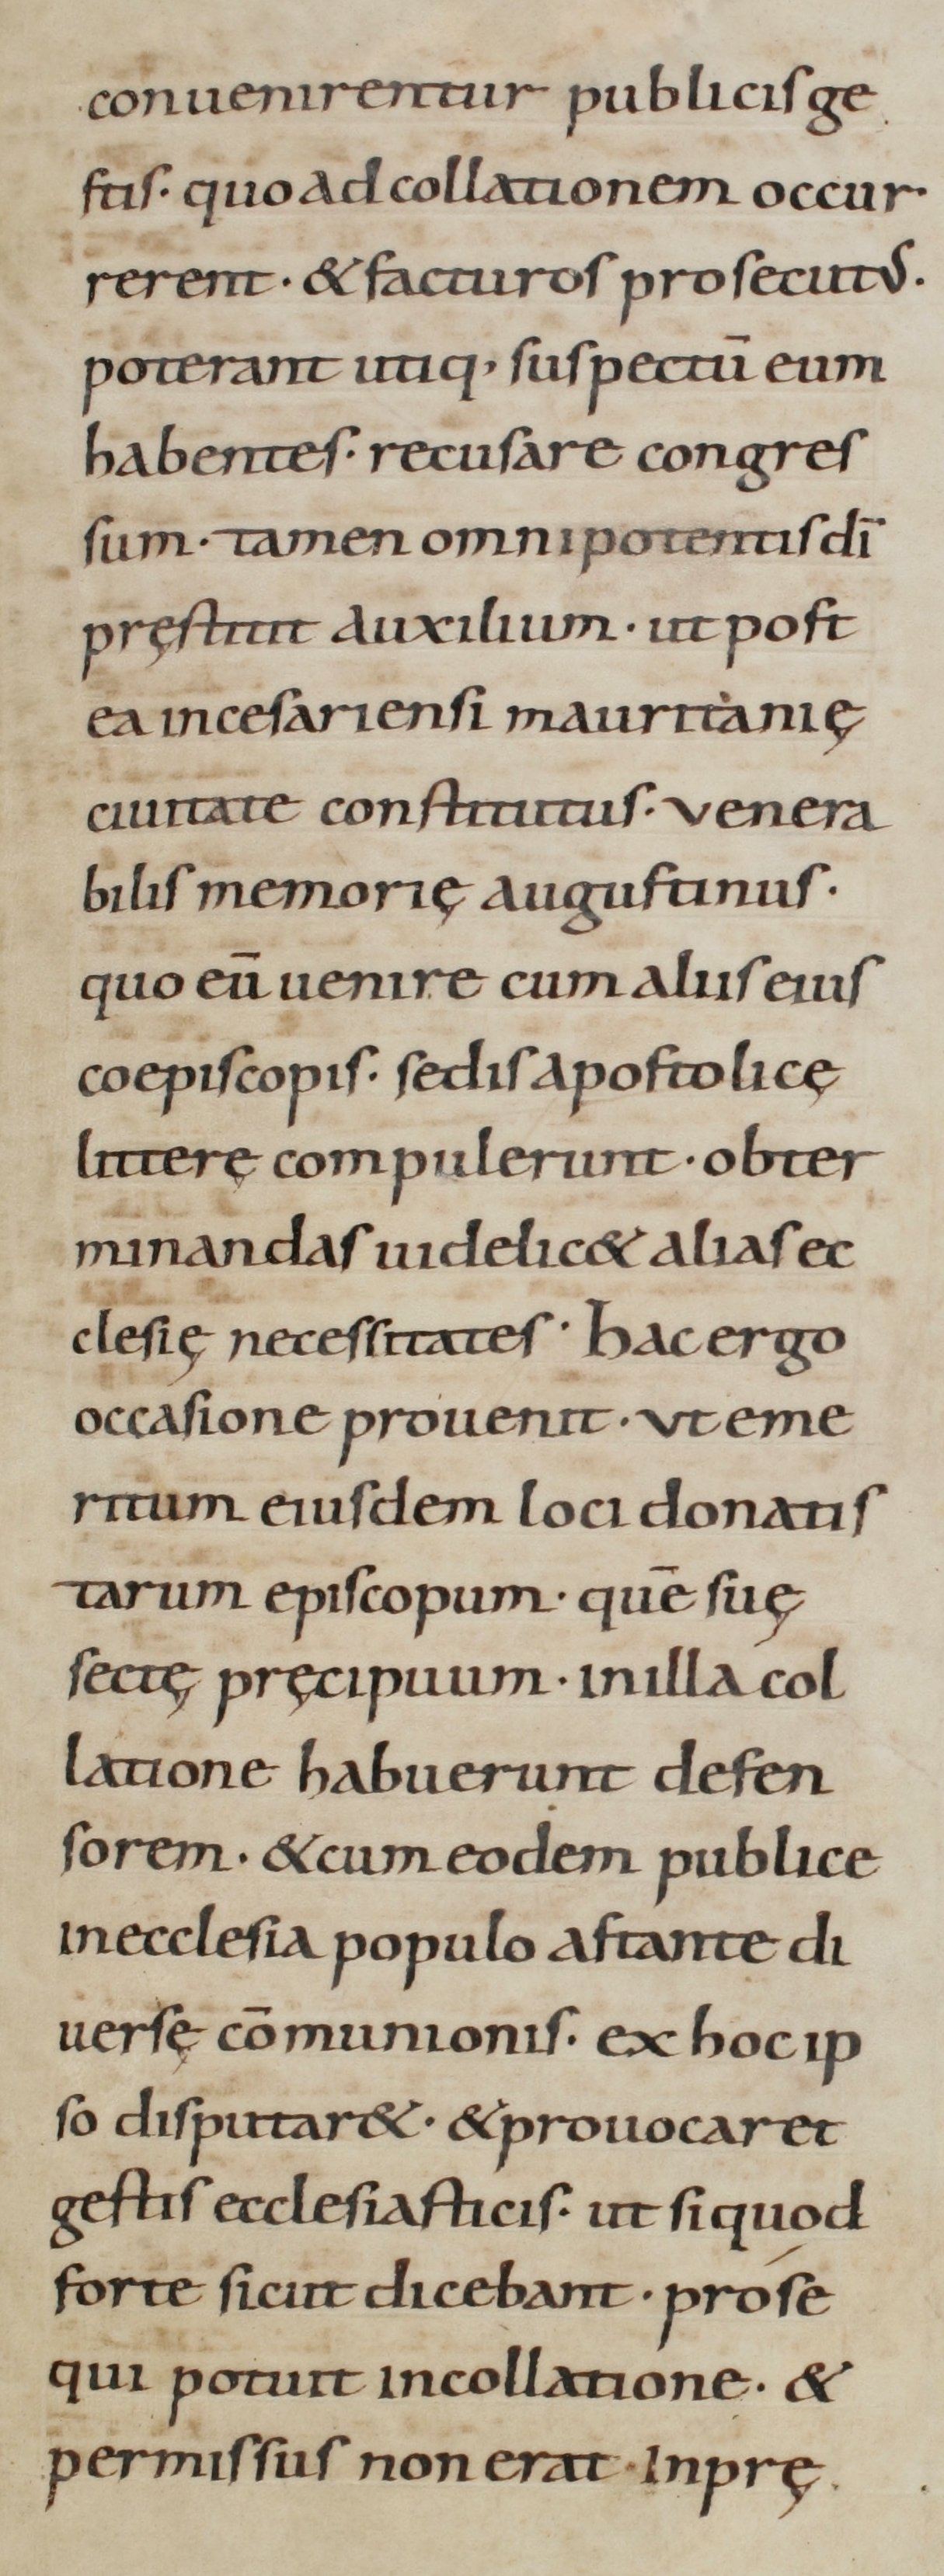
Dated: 800–999